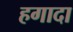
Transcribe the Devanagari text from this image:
हगादा